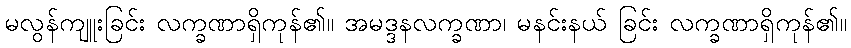
မလွန်ကျူးခြင်း လက္ခဏာရှိကုန်၏။ အမဒ္ဒနလက္ခဏာ၊ မနင်းနယ် ခြင်း လက္ခဏာရှိကုန်၏။